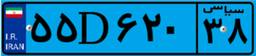
۵۵D۶۲۰۳۸